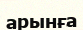
арынға